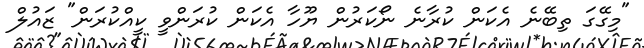
"މިގޭގަ ތިބޭނެ އެކަން ކުރާނެ ނޯކަރުން ޔޫހާ އެކަން ކުރަންވީ ކީއްކުރަން" ޒައުލް